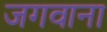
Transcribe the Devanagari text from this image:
जगवाना